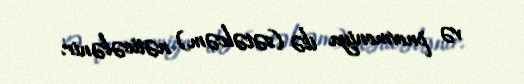
və pnevmoniya ilə (sətəlcəm) nəticələnir.